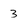
Character: 3